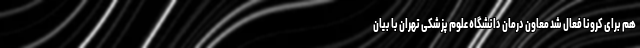
هم برای کرونا فعال شد معاون درمان دانشگاه علوم پزشکی تهران با بیان